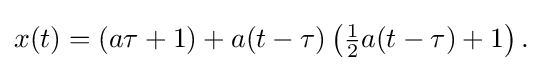
{\textstyle x(t)=(a\tau +1)+a(t-\tau )\left({\frac {1}{2}}{a(t-\tau )}+1\right).}